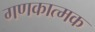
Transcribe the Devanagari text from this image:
गणकात्मक